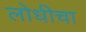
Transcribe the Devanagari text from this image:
लोधीचा